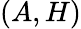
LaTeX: (A,H)